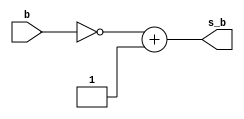
module sub (
    input [3:0] b,
    output [3:0] s_b
);

assign s_b = ~b + 1'b1;
    
endmodule